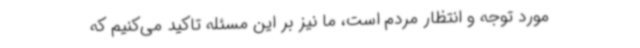
مورد توجه و انتظار مردم است، ما نیز بر این مسئله تاکید می‌کنیم که